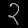
Digit: ၃